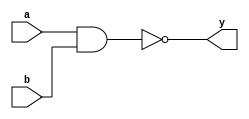

////////////////////////////////////////////////////////////////////////////////
// Company: 
// Engineer:
//
// Design Name:    
// Module Name:    nand_gate_2input
// Project Name:   
// Target Device:  
// Tool versions:  
// Description:
//
// Dependencies:
// 
// Revision:
// Revision 0.01 - File Created
// Additional Comments:
// 
////////////////////////////////////////////////////////////////////////////////
module nand_gate_2input(a, b, y);
    input a;
    input b;
    output y;

	 assign y = ! (a & b) ;

endmodule